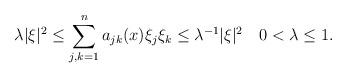
LaTeX: \begin{align*}\lambda|\xi|^{2}\le\sum_{j,k=1}^{n}a_{jk}(x)\xi_j\xi_{k}\le\lambda^{-1}|\xi|^{2}\quad0<\lambda\le 1.\end{align*}